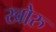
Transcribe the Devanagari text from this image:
खोरु